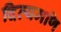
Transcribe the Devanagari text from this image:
दिव्यमणि